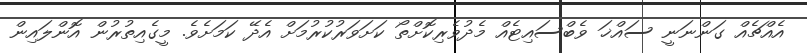
އެއްޗެއް ގަންނަނީ ސައްޚަ ވެބްސައިޓެއް މެދުވެރިކޮށްތޯ ކަށަވަރުކުރުމަށް އެދޭ ކަމަށެވެ. މީގެއިތުރުން އޮންލައިން